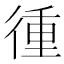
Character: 㣫